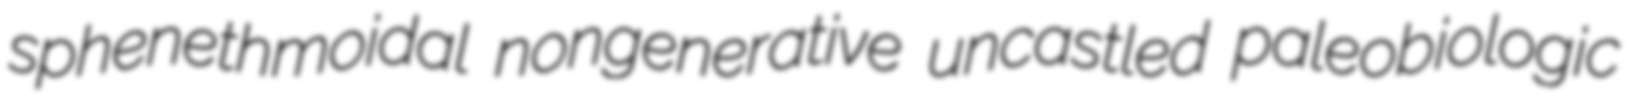
sphenethmoidal nongenerative uncastled paleobiologic